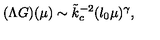
( \Lambda G ) ( \mu ) \sim \tilde { k } _ { c } ^ { - 2 } ( l _ { 0 } \mu ) ^ { \gamma } ,